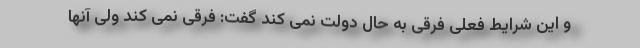
و این شرایط فعلی فرقی به حال دولت نمی کند گفت: فرقی نمی کند ولی آنها